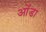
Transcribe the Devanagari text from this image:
ओंडा